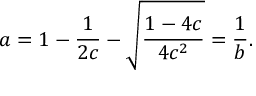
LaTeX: a = 1 - \frac { 1 } { 2 c } - \sqrt { \frac { 1 - 4 c } { 4 c ^ { 2 } } } = \frac { 1 } { b } .